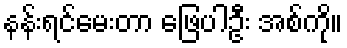
နန်းရင်မေးတာ ဖြေပါဦး အစ်ကို။